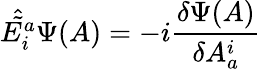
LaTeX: {\hat{\tilde{E_{i}^{a}}}}\Psi(A)=-i{\frac{\delta\Psi(A)}{\delta A_{a}^{i}}}